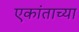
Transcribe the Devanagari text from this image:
एकांताच्या